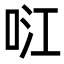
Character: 𭇮